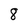
Character: 8